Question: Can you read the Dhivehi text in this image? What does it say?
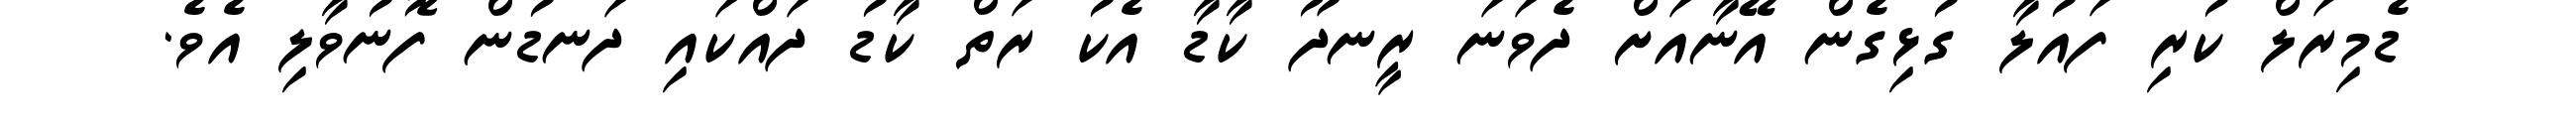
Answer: ޑެމިރަލް ކުރި ފައުލާ ގުޅިގެން އޭނާއަށް ދެވަނަ ރީނދޫ ކާޑާ އެކު ރަތް ކާޑު ދައްކައި ދަނޑުން ފޮނުވާލި އެވެ.